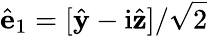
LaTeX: \hat{\mathbf{e}}_{1}=[\hat{\mathbf{y}}-\mathrm{i}\hat{\mathbf{z}}]/\sqrt{2}